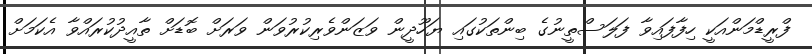
ފްރީޑްމަންއަކީ ހިފާފައިވާ ފަލަސްތީނުގެ ބިންތަކުގައި ޔަހޫދީން ވަޒަންވެރިކުރުވަން ވަރަށް ބޮޑަށް ތާއީދުކުރައްވާ އެކަމަށް